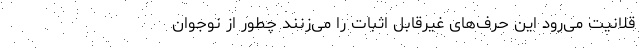
قلانیت می‌رود این حرف‌های غیرقابل اثبات را می‌زنند چطور از نوجوان